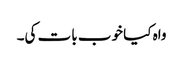
واہ کیا خوب بات کی۔